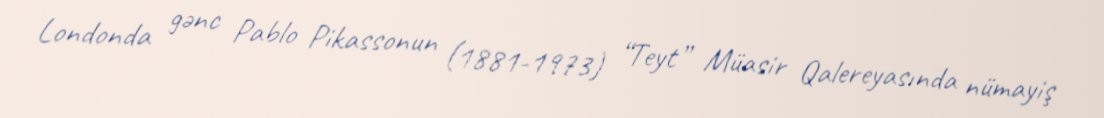
Londonda gənc Pablo Pikassonun (1881-1973) “Teyt” Müasir Qalereyasında nümayiş